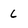
Character: L